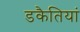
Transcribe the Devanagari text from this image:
डकैतियां